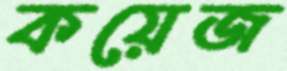
কয়েজ